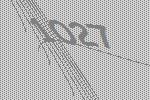
1027